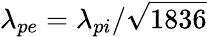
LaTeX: \lambda_{pe}=\lambda_{pi}/\sqrt{1836}